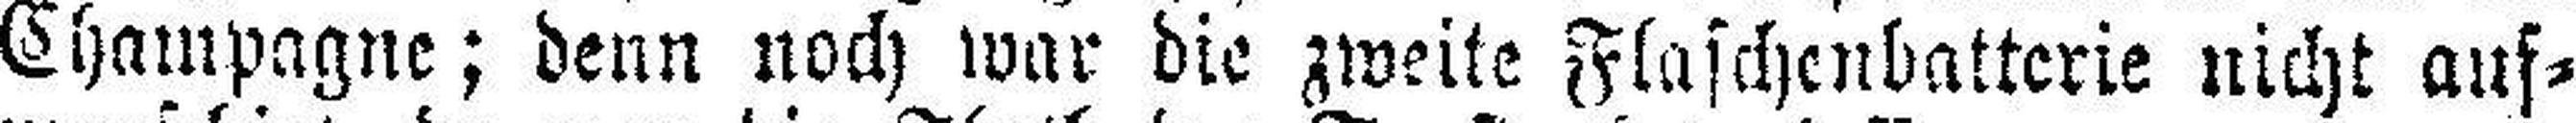
Champagne; denn noch war die zweite Flaschenbatterie nicht auf¬